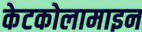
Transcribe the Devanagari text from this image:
केटकोलामाइन